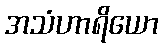
အသံဟာရိယော